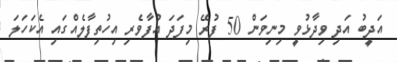
އަދީބު އަދި ވިދާޅުވީ މިނިވަން 50 ފުރޭ މިފަދަ އުފާވެރި އިހުތިފާލެއްގައި އެކަހަލަ